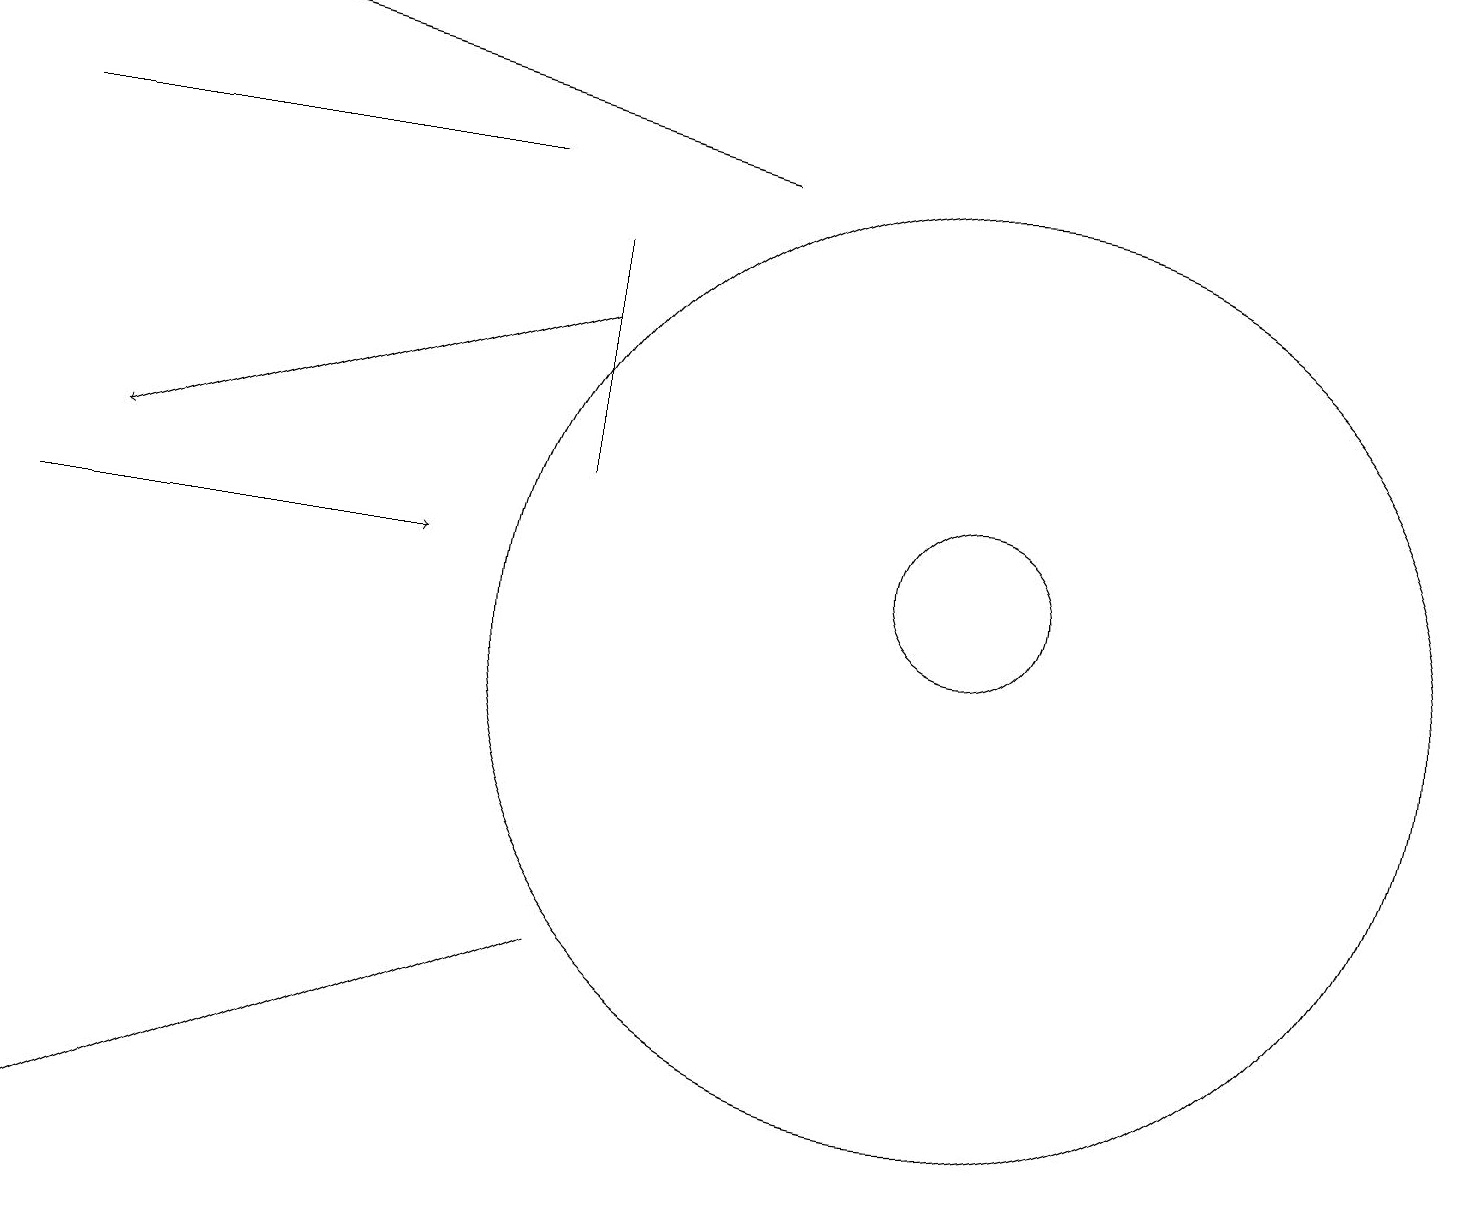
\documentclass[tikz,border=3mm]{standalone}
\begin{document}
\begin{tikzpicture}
\draw (12,12) circle (1);
\draw[->] (0,12) -- (5,12);
\draw (12,11) circle (6);
\draw (0,4) -- (7,7) -- (0,4) -- cycle;
\draw[->] (7,15) -- (1,13);
\draw (7,13) rectangle (7,16);
\draw (0,17) rectangle (6,17);
\draw[->] (9,17) -- (1,19);
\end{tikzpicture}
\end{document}